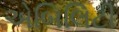
એબિલિટી